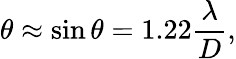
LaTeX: \theta\approx\sin\theta=1.22{\frac{\lambda}{D}},